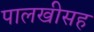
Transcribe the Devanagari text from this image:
पालखीसह